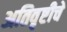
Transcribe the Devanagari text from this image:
अतिवृष्टीचे